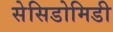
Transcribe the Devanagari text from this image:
सेसिडोमिडी